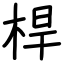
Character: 桿